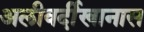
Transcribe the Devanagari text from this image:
अलीवर्दीखानास